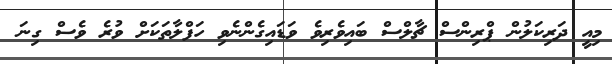
މިއީ ދަރިކަލުން ޕްރިންސް ޗާލްސް ބައިވެރިވެ ވަޑައިގެންނެވި ހަފްލާތަކަށް ވުރެ ވެސް ގިނަ